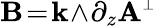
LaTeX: {\mathbf B}\! =\! \mathbf{k}\! \wedge\! \partial_{z}{\mathbf A}^{\scriptscriptstyle\perp}